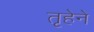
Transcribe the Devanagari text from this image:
तृहेने